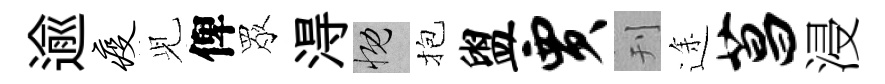
逾疫𫤗俾眾淂慨抱盥贾刊途菖浸